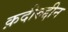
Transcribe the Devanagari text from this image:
क़दीरुद्दीन